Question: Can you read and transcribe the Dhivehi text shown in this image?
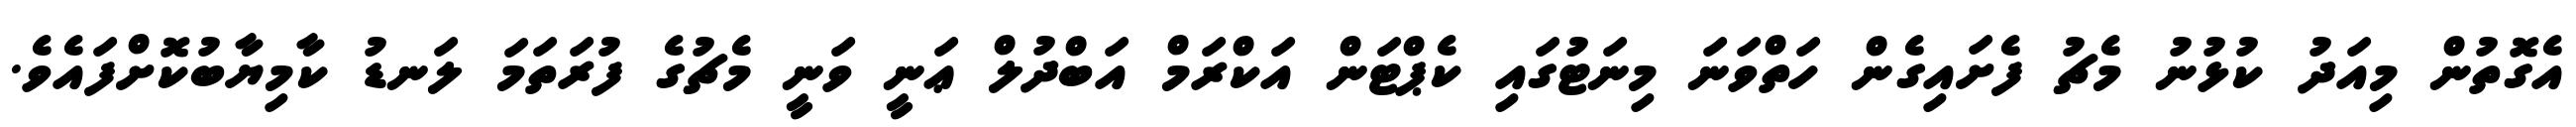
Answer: އެގޮތުން މިއަދު ކުޅުނު މެޗު ފެށައިގެން ހަތްވަނަ މިނަޓުގައި ކެޕްޓަން އަކްރަމް އަބްދުލް ޢަނީ ވަނީ މެޗުގެ ފުރަތަމަ ލަނޑު ކާމިޔާބުކޮށްފައެވެ.